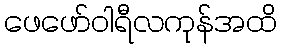
ဖေဖော်ဝါရီလကုန်အထိ